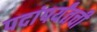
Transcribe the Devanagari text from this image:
पदांपर्यंतची